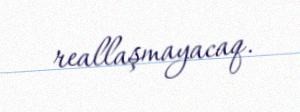
reallaşmayacaq.